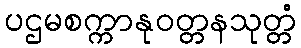
ပဌမစက္ကာနုဝတ္တနသုတ္တံ